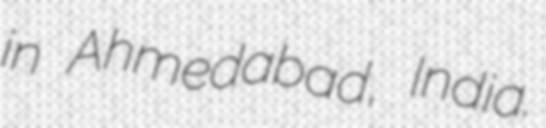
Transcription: in Ahmedabad, India.